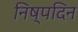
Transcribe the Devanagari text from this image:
निष्पदिन